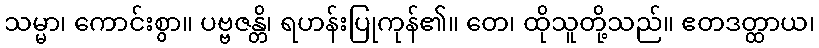
သမ္မာ၊ ကောင်းစွာ။ ပဗ္ဗဇန္တိ၊ ရဟန်းပြုကုန်၏။ တေ၊ ထိုသူတို့သည်။ ဧတဒတ္ထာယ၊